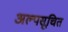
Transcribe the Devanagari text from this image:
अल्पसूचित